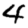
Digit: 4